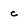
Character: c